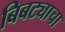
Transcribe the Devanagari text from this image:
बिबट्याचा